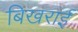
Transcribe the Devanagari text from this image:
बिखराई